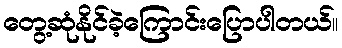
တွေ့ဆုံနိုင်ခဲ့ကြောင်းပြောပါတယ်။